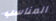
المناسب